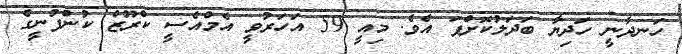
ހަނދާނީ ހަދިޔާ ބަދަލުކޮށްފަ އެވެ. މިއީ 59 އަހަރުވީ އެމްއެސީ ކްރޫޒް ކުންފުނީގެ